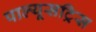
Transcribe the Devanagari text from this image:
पाल्यूसट्रिस